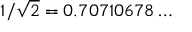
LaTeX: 1 / { \sqrt { 2 } } = 0 . 7 0 7 1 0 6 7 8 \ldots